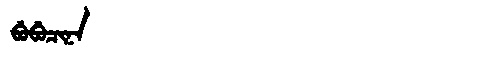
Manchu: ᠪᡠᠪᡠᠴᡳᠨᠠ
Romanization: BUBUCINA